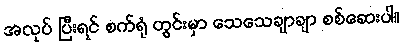
အလုပ် ပြီးရင် စက်ရုံ တွင်းမှာ သေသေချာချာ စစ်ဆေးပါ။